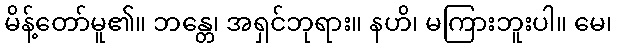
မိန့်တော်မူ၏။ ဘန္တေ၊ အရှင်ဘုရား။ နဟိ၊ မကြားဘူးပါ။ မေ၊